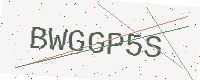
Text: BWGGP5S